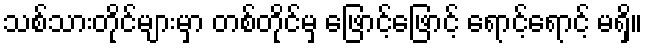
သစ်သားတိုင်များမှာ တစ်တိုင်မှ ဖြောင့်ဖြောင့် ရောင့်ရောင့် မရှိ။